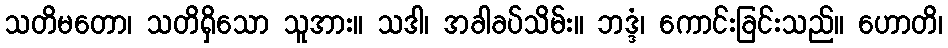
သတိမတော၊ သတိရှိသော သူအား။ သဒါ၊ အခါခပ်သိမ်း။ ဘဒ္ဒံ၊ ကောင်းခြင်းသည်။ ဟောတိ၊